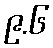
၉.၆